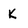
Character: k